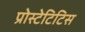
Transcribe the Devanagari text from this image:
प्रोस्टेटिटिस